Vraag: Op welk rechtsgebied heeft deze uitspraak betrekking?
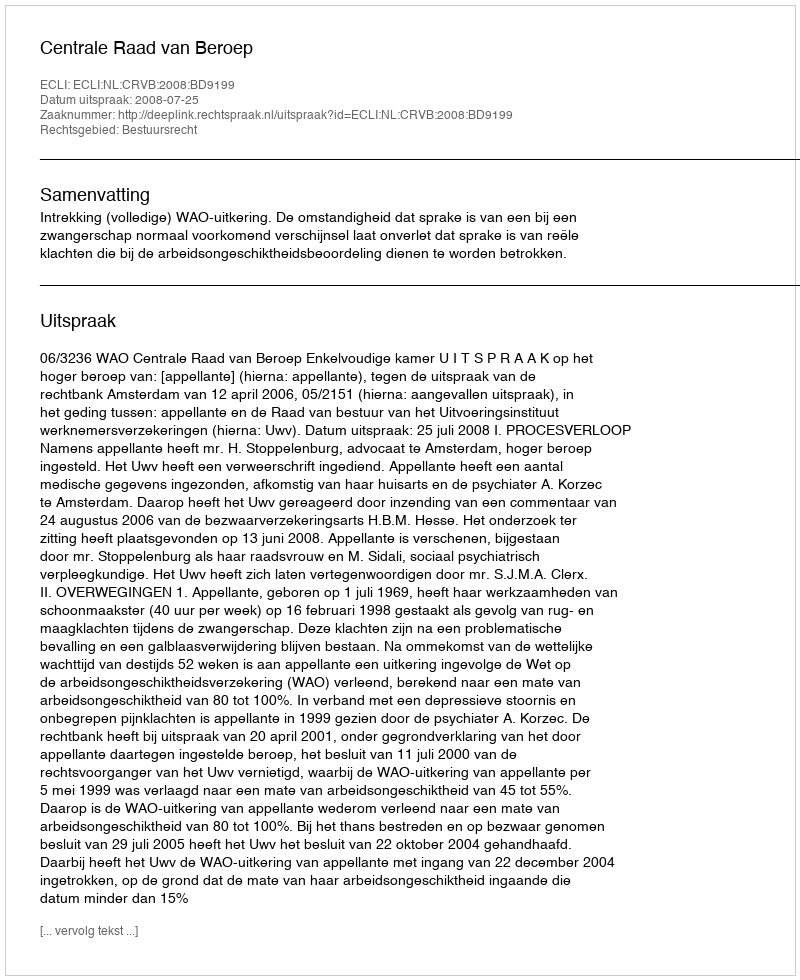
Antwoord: Bestuursrecht